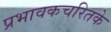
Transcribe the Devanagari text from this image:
प्रभावकचरितके